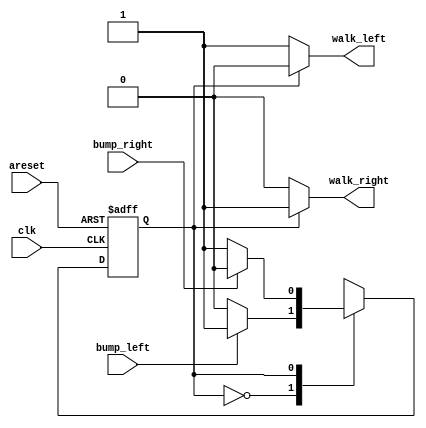
`timescale 1ns / 1ps
//////////////////////////////////////////////////////////////////////////////////
// Company: 
// Engineer: 
// 
// Design Name: 
// Module Name: lemmings_initial
// Project Name: 
// Target Devices: 
// Tool Versions: 
// Description: 
// 
// Dependencies: 
// 
// Revision:
// Revision 0.01 - File Created
// Additional Comments:
// 
//////////////////////////////////////////////////////////////////////////////////


module lemmings_initial(
    input clk,
    input areset,    // Freshly brainwashed Lemmings walk left.
    input bump_left,
    input bump_right,
    output walk_left,
    output walk_right

    );
    parameter L=0, R=1;
    reg state, next_state;

    always @(*)
        begin
            case(state)
                L:next_state=(bump_left)?R:L;
                R:next_state=(bump_right)?L:R;
            endcase
        end

    always @(posedge clk, posedge areset)
        begin
            if(areset) state<=L;
            else state<=next_state;
        end

    assign walk_left=(state==L)?1'b1:1'b0;
    assign walk_right=(state==R)?1'b1:1'b0;
endmodule